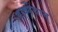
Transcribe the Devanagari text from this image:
वार्ष्णेयान्‌